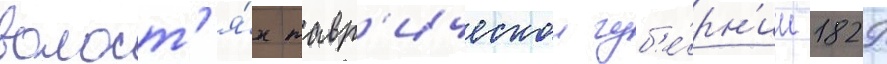
волост'я́х тавр'ическои губ'е́рн'ии 1829